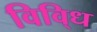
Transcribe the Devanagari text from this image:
विवि्ध